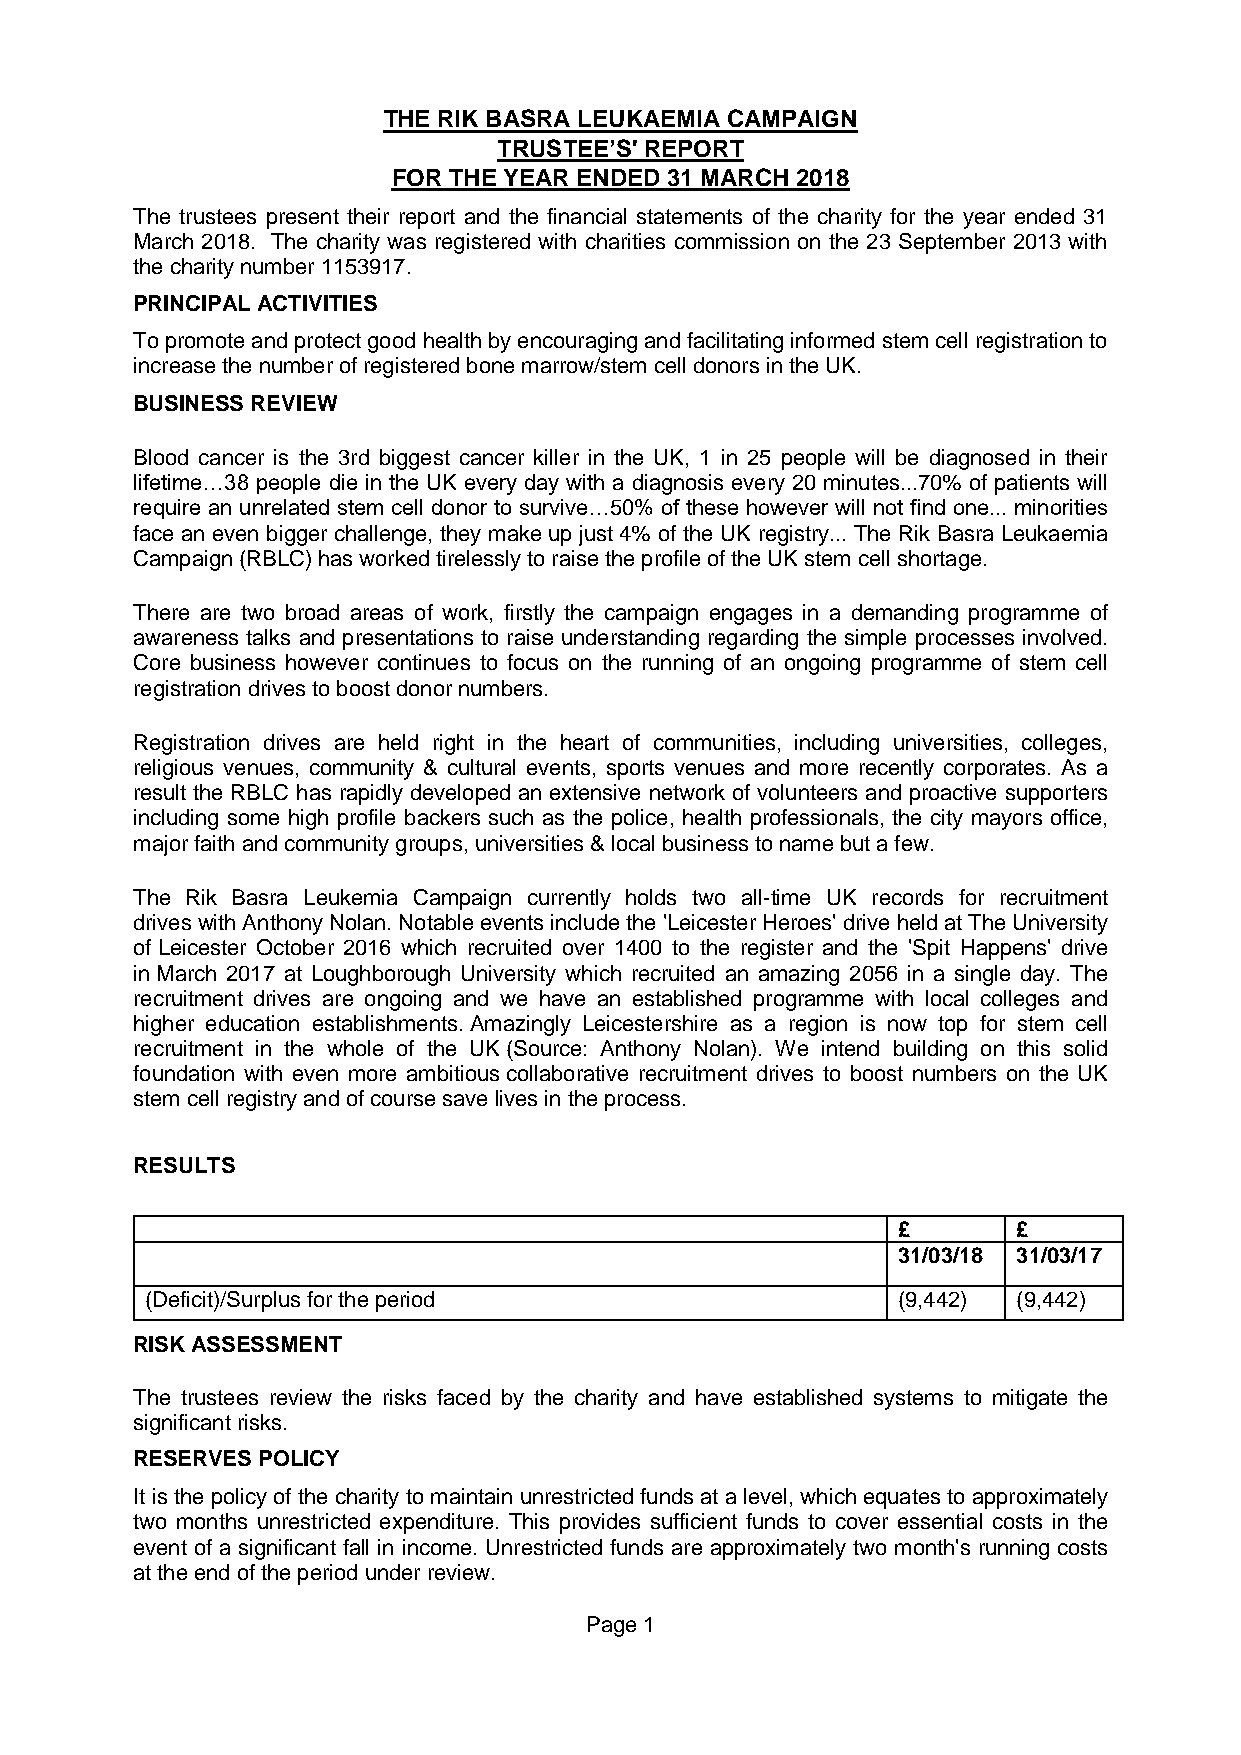
THE RIK BASRA LEUKAEMIA CAMPAIGN
 TRUSTEE’S' REPORT
 FOR THE YEAR ENDED 31 MARCH 2018
 The trustees present their report and the financial statements of the charity for the year ended 31
 March 2018. The charity was registered with charities commission on the 23 September 2013 with
 the charity number 1153917.
 PRINCIPAL ACTIVITIES
 To promote and protect good health by encouraging and facilitating informed stem cell registration to
 increase the number of registered bone marrow/stem cell donors in the UK.
 BUSINESS REVIEW
 Blood cancer is the 3rd biggest cancer killer in the UK, 1 in 25 people will be diagnosed in their
 lifetime…38 people die in the UK every day with a diagnosis every 20 minutes...70% of patients will
 require an unrelated stem cell donor to survive…50% of these however will not find one... minorities
 face an even bigger challenge, they make up just 4% of the UK registry... The Rik Basra Leukaemia
 Campaign (RBLC) has worked tirelessly to raise the profile of the UK stem cell shortage.
 There are two broad areas of work, firstly the campaign engages in a demanding programme of
 awareness talks and presentations to raise understanding regarding the simple processes involved.
 Core business however continues to focus on the running of an ongoing programme of stem cell
 registration drives to boost donor numbers.
 Registration drives are held right in the heart of communities, including universities, colleges,
 religious venues, community & cultural events, sports venues and more recently corporates. As a
 result the RBLC has rapidly developed an extensive network of volunteers and proactive supporters
 including some high profile backers such as the police, health professionals, the city mayors office,
 major faith and community groups, universities & local business to name but a few.
 The Rik Basra Leukemia Campaign currently holds two all-time UK records for recruitment
 drives with Anthony Nolan. Notable events include the 'Leicester Heroes' drive held at The University
 of Leicester October 2016 which recruited over 1400 to the register and the 'Spit Happens' drive
 in March 2017 at Loughborough University which recruited an amazing 2056 in a single day. The
 recruitment drives are ongoing and we have an established programme with local colleges and
 higher education establishments. Amazingly Leicestershire as a region is now top for stem cell
 recruitment in the whole of the UK (Source: Anthony Nolan). We intend building on this solid
 foundation with even more ambitious collaborative recruitment drives to boost numbers on the UK
 stem cell registry and of course save lives in the process.
 RESULTS
 £       £
 31/03/18 31/03/17
 (Deficit)/Surplus for the period                 (9,442) (9,442)
 RISK ASSESSMENT
 The trustees review the risks faced by the charity and have established systems to mitigate the
 significant risks.
 RESERVES POLICY
 It is the policy of the charity to maintain unrestricted funds at a level, which equates to approximately
 two months unrestricted expenditure. This provides sufficient funds to cover essential costs in the
 event of a significant fall in income. Unrestricted funds are approximately two month's running costs
 at the end of the period under review.
 Page 1